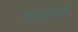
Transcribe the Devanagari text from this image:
रमाईलो